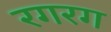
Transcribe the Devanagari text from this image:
रगरग